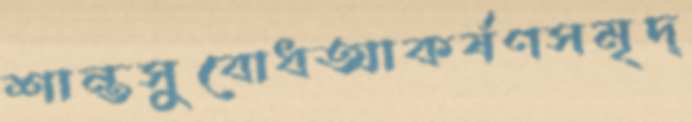
শান্তসুবোধআকর্ষণসমৃদ্